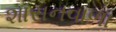
શાસનવાળા